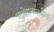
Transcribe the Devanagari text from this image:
माथेरानमधील